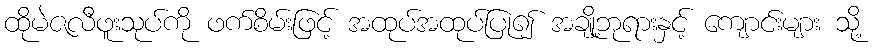
ထိုမဲဇလီဖူးသုပ်ကို ဖက်စိမ်းဖြင့် အထုပ်အထုပ်ပြု၍ အချို့ဘုရားနှင့် ကျောင်းများ သို့